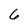
Character: 6